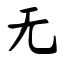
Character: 无